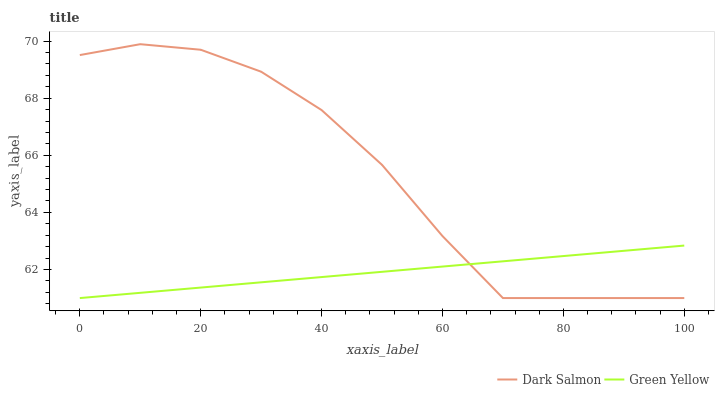
| xaxis_label | Dark Salmon | Green Yellow |
 | --- | --- | --- |
 | 0 | 69.5 | 61 |
 | 10 | 69.9 | 61.2 |
 | 20 | 69.7 | 61.4 |
 | 30 | 68.9 | 61.6 |
 | 40 | 67.6 | 61.7 |
 | 50 | 65.7 | 61.9 |
 | 60 | 63.2 | 62.1 |
 | 70 | 61 | 62.3 |
 | 80 | 61 | 62.5 |
 | 90 | 61 | 62.7 |
 | 100 | 61 | 62.8 |